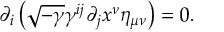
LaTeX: \partial _ { i } \left( \sqrt { - \gamma } \gamma ^ { i j } \partial _ { j } x ^ { \nu } \eta _ { \mu \nu } \right) = 0 .